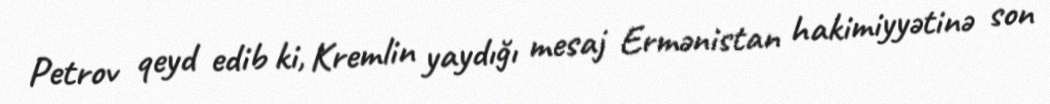
Petrov qeyd edib ki, Kremlin yaydığı mesaj Ermənistan hakimiyyətinə son